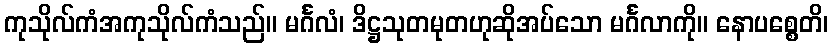
ကုသိုလ်ကံအကုသိုလ်ကံသည်။ မင်္ဂလံ၊ ဒိဋ္ဌသုတမုတဟုဆိုအပ်သော မင်္ဂလာကို။ နောပစ္စေတိ၊